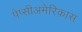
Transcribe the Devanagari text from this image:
पेप्सीअमेरिकास